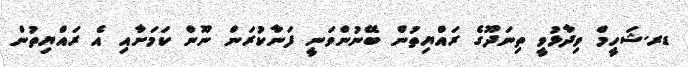
ޑރ.ޝަހީމް ވިދާޅުވީ ތިނަދޫގެ ރައްޔިތުން ބޭނުންވަނީ ފަނާކުރަން ނޫން ކަމަށާއި އެ ރައްޔިތުން